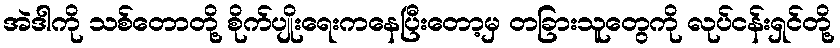
အဲဒါကို သစ်တောတို့ စိုက်ပျိုးရေးကနေပြီးတော့မှ တခြားသူတွေကို လုပ်ငန်းရှင်တို့